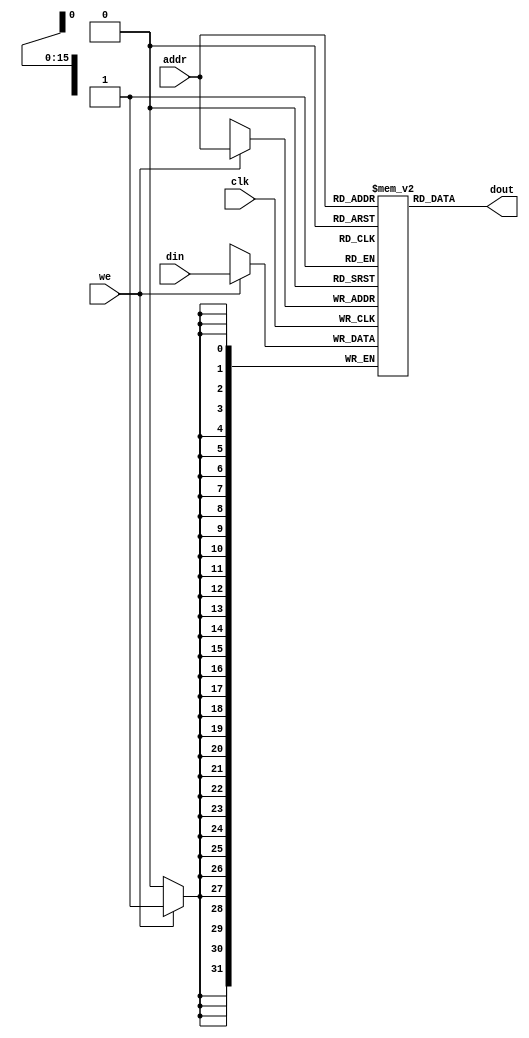
`timescale 1ns / 1ps


module des

#(parameter ADDR_WIDTH=16,DATA_WIDTH=32)

(input clk,input we,input [ADDR_WIDTH-1:0] addr,
input [DATA_WIDTH-1:0] din,
output wire [DATA_WIDTH-1:0] dout
    );
reg [DATA_WIDTH-1:0] mem[2**ADDR_WIDTH-1:0];
always @ (posedge clk) begin
if(we==1)
mem[addr]<=din;
end
assign dout=mem[addr];
endmodule